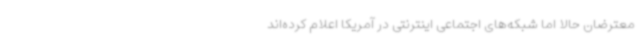
معترضان حالا اما شبکه‌های اجتماعی اینترنتی در آمریکا اعلام کرده‌اند